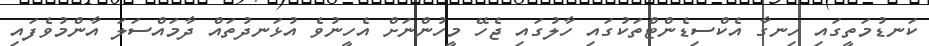
ކަނޑުމަތީގައި ހިނގާ އެކްސިޑެންޓްތަކުގައި ހާލުގައި ޖެހޭ މީހުންނަށް އެހީނުވެ އުޅަނދުތައް ދާމައްސަލަ އާންމުވެފައި